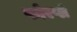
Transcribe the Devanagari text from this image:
फोरप्ले